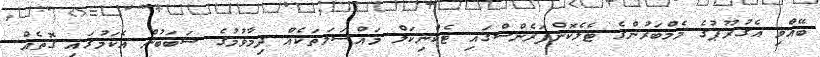
ބޭއްވި އެގުރޫޕުގެ މެމްބަރުންގެ ޓެލެކޮންފަރެންސްގައި ޓެކްނިކަލް މައްސަލަތަކެއް ދިމާވުމުގެ ސަބަބުން އެކަމުގައި ގޮތެއް